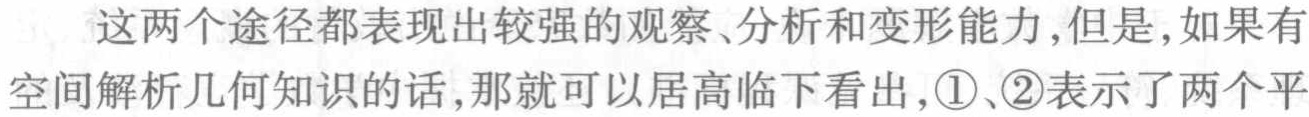
这两个途径都表现出较强的观察、分析和变形能力，但是，如果有

空间解析几何知识的话，那就可以居高临下看出，\textcircled{1}、\textcircled{2}表示了两个平